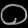
Digit: ၀